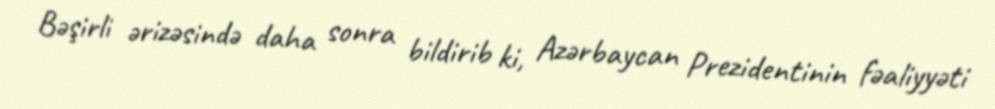
Bəşirli ərizəsində daha sonra bildirib ki, Azərbaycan Prezidentinin fəaliyyəti